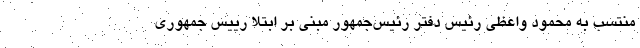
منتسب به محمود واعظی رئیس دفتر رئیس‌جمهور مبنی بر ابتلا رییس جمهوری